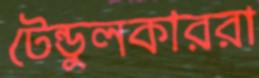
টেন্ডুলকাররা